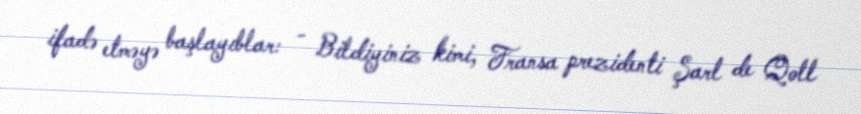
ifadə etməyə başlayıblar: - Bildiyiniz kimi, Fransa prezidenti Şarl de Qoll